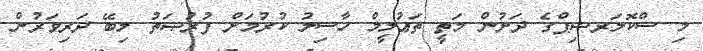
މި ސްކޮލަރޝިޕްގެ ދަށުން މަތީ ތަޢުލީމް ހާސިލު ކުރުމަށް ފުރުޞަތު ލިބޭ ދަރިވަރުން